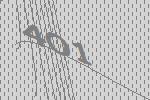
401